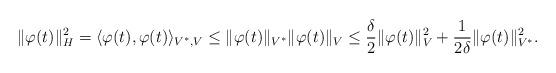
LaTeX: \begin{align*} \| \varphi(t) \|^2_H = \langle \varphi(t), \varphi(t) \rangle_{V^*, V} \leq \| \varphi(t) \|_{V^*}\| \varphi(t) \|_{V} \leq \frac{\delta}{2}\| \varphi(t) \|^2_{V} + \frac{1}{2\delta} \| \varphi(t) \|^2_{V^*}.\end{align*}